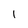
Character: I